Civil Veterinary Dept. Assam report 1927-50 - 1927-1950
Year: 1927
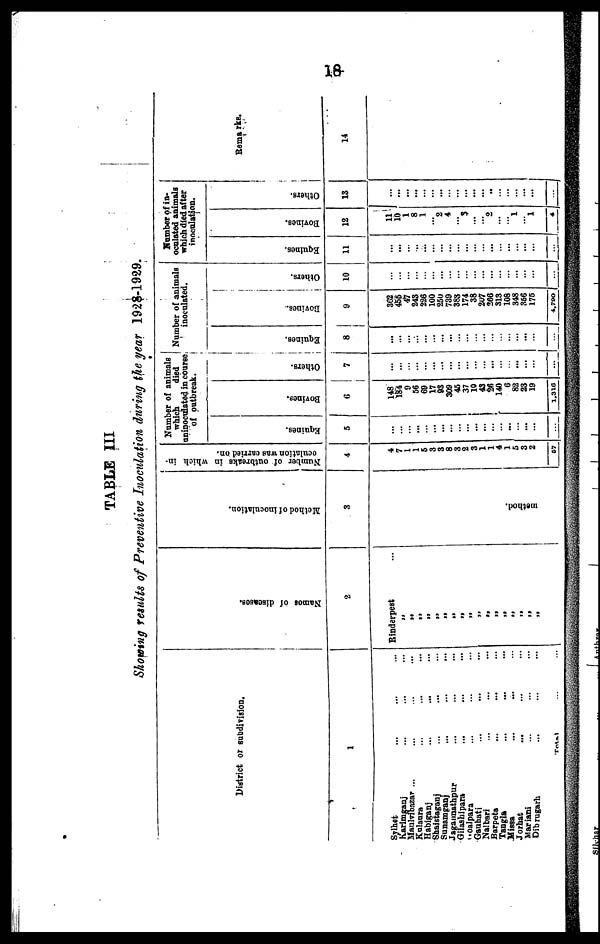
18
TABLE III
Showing results of Preventive Inoculation during the year 1928-1929.
District or subdivision.
1
Sylhet
...
...
...
karimganj ... ... ...
Maulvfbazar ... ... ... ...
Kulanra ... ... ...
Habiganj ... ... ...
Shaistaganj ... ... ...
Sunamganj
...
...
...
Jagannathpur ... ... ...
Gilashipara ... ... ...
Goalpara ... ... ...
Gsuhati ... ... ...
Nalbari ... ... ...
Barpeta ... ... ...
Tangla ... ... ...
Missa ... ... ...
Jorhat
...
...
...
Mariani ... ... ...
Dibrugarh ... ... ...
Total ... ...
Names of di s eas es .
2
Rinderpest ...
„
„
„
„
„
„
„
„
„
„
Me thod of i
nocul at i
on.
3
method.
Number of outbreaks in which in-
oculation was carried on.
4
4
7
1
1
5
3
3
8
3
2
3
1
1
4
1
5
3
2
57
Number of animals
which
died
uninoculated in course
of outbreak.
Equines.
5
...
...
...
...
...
...
...
...
...
...
...
...
...
Bovines.
6
148
184
9
56
69
17
93
309
46
37
10
43
43
140
6
82
23
19
1,316
Others.
7
...
...
...
...
...
...
...
...
...
....
...
...
...
Number of animals
inoculated.
Equines.
8
...
...
...
...
...
...
...
...
...
...
...
...
...
...
Bovines..
9
362
455
47
243
226
100
250
739
383
174
38
207
266
313
108
348
366
175
4,790
Others.
10
...
...
...
...
...
...
...
...
...
...
...
...
...
Number of in-
oculated animals
which died after
inoculation.
Equines.
11
...
...
...
...
...
...
...
...
...
...
...
...
...
Bovines.
12
11
10
1
8
1
2
4
5
2
1
1
4
Others.
13
...
...
...
...
...
...
...
...
...
...
...
...
...
Remarks.
14